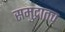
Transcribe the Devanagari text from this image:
समुद्रातच